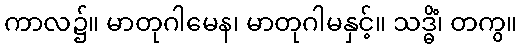
ကာလ၌။ မာတုဂါမေန၊ မာတုဂါမနှင့်။ သဒ္ဓိံ၊ တကွ။